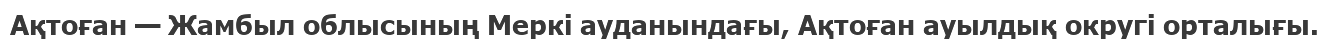
Ақтоған — Жамбыл облысының Меркі ауданындағы, Ақтоған ауылдық округі орталығы.